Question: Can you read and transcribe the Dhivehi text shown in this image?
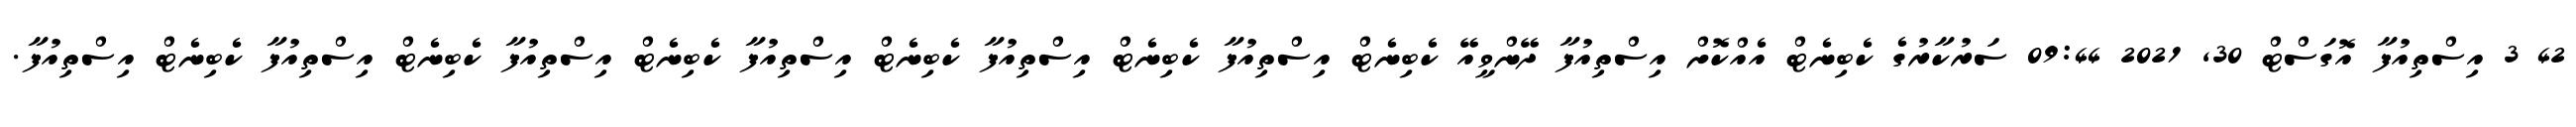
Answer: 42 3 އިސްތިއުފާ އޮގަސްޓް 30, 2021 09:44 ސަރުކާރުގެ ކެބިނެޓް އެއްކޮށް އިސްތިއުފާ ދޭންވީއޭ ކެބިނެޓް އިސްތިއުފާ ކެބިނެޓް އިސްތިއުފާ ކެބިނެޓް އިސްތިއުފާ ކެބިނެޓް އިސްތިއުފާ ކެބިނެޓް އިސްތިއުފާ ކެބިނެޓް އިސްތިއުފާ.